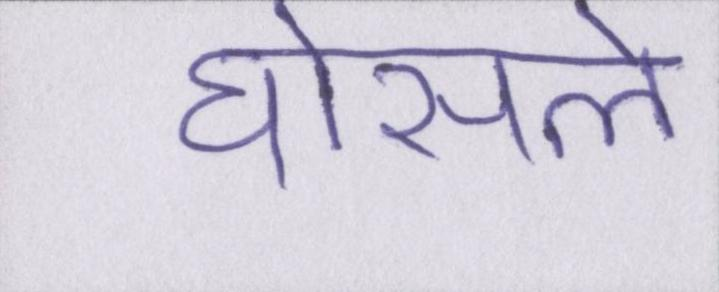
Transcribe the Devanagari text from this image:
घोसले